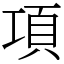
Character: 項